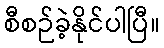
စီစဉ်ခဲ့နိုင်ပါပြီ။